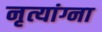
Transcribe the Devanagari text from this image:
नृत्यांग्ना